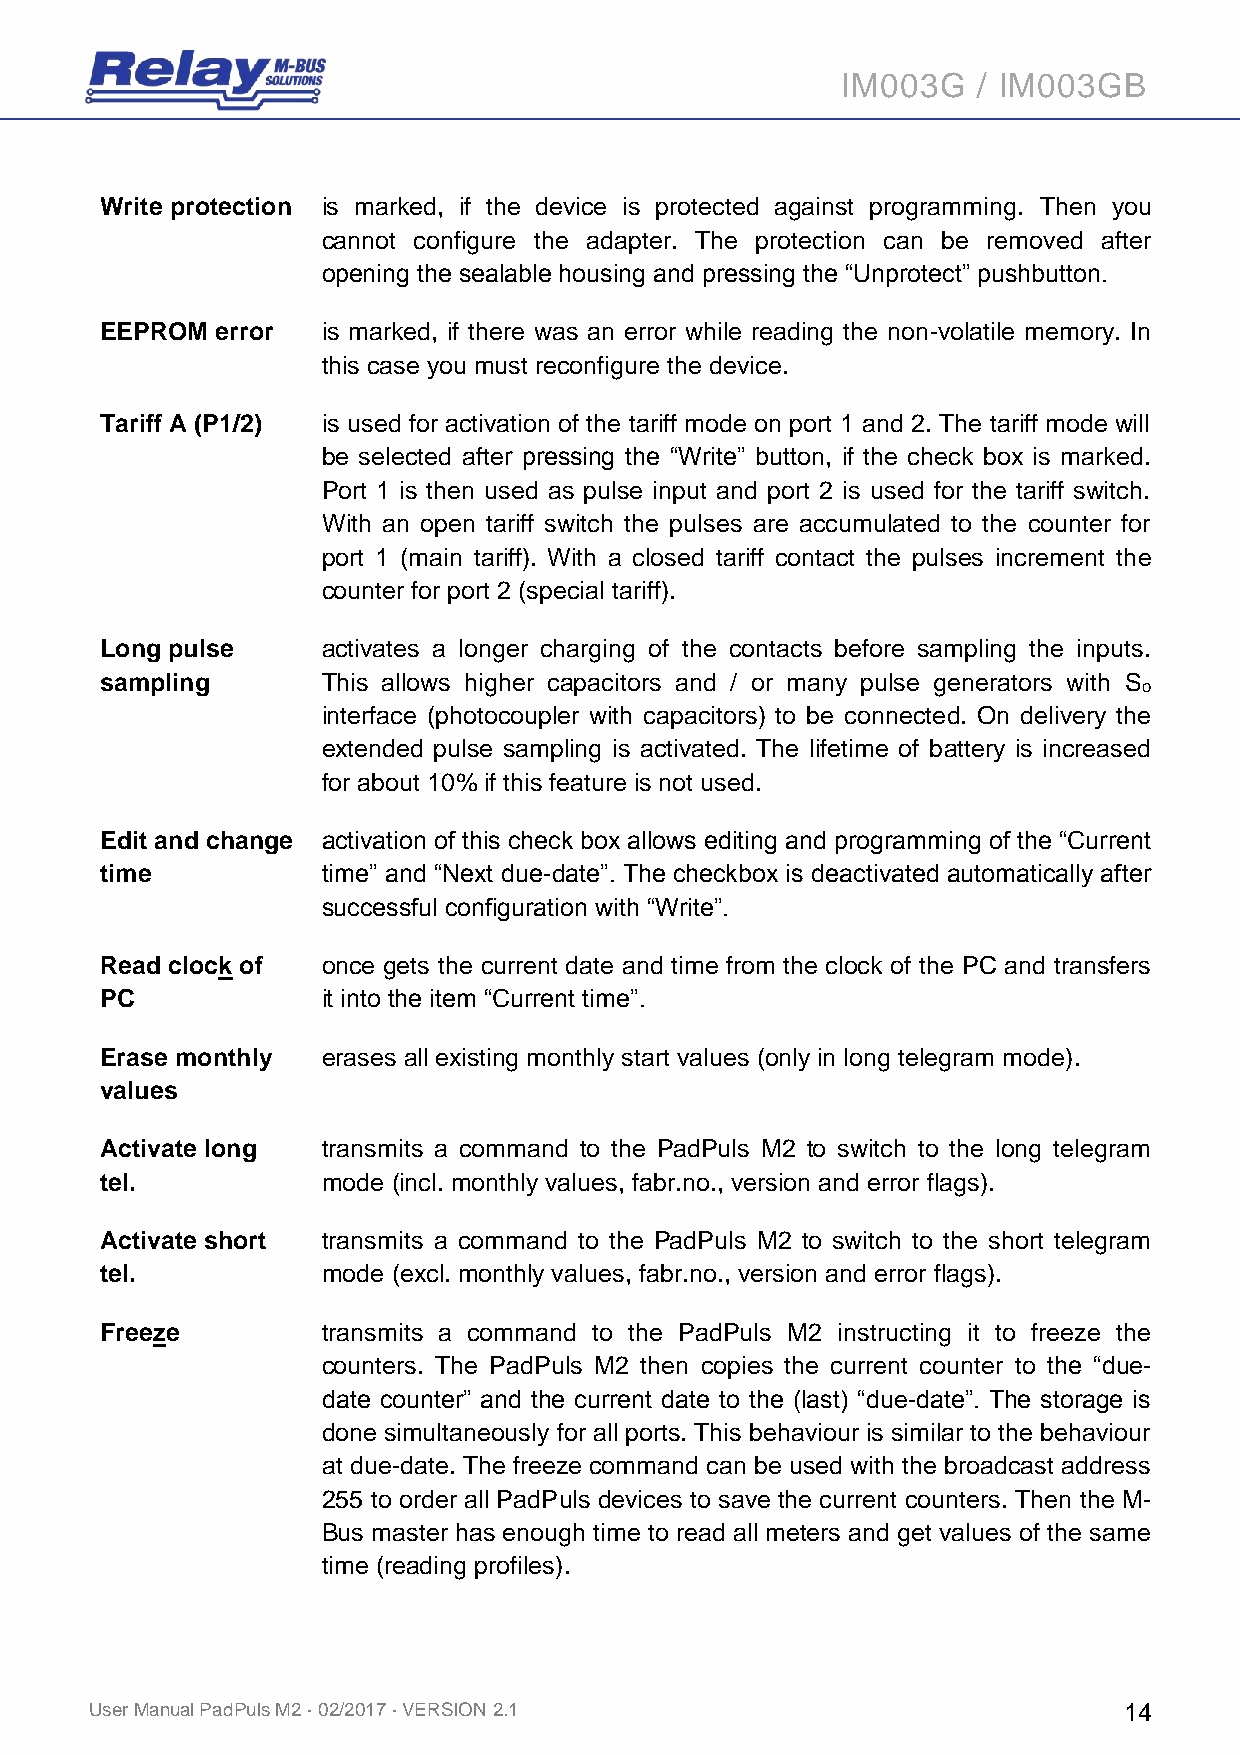
IM003G   / IM003GB
 Write protection is marked, if the device is protected against programming. Then you
 cannot configure the adapter. The protection can be removed after
 opening the sealable housing and pressing the “Unprotect” pushbutton.
 EEPROM error  is marked, if there was an error while reading the non-volatile memory. In
 this case you must reconfigure the device.
 Tariff A (P1/2) is used for activation of the tariff mode on port 1 and 2. The tariff mode will
 be selected after pressing the “Write” button, if the check box is marked.
 Port 1 is then used as pulse input and port 2 is used for the tariff switch.
 With an open tariff switch the pulses are accumulated to the counter for
 port 1 (main tariff). With a closed tariff contact the pulses increment the
 counter for port 2 (special tariff).
 Long pulse    activates a longer charging of the contacts before sampling the inputs.
 sampling      This allows higher capacitors and / or many pulse generators with S
 o
 interface (photocoupler with capacitors) to be connected. On delivery the
 extended pulse sampling is activated. The lifetime of battery is increased
 for about 10% if this feature is not used.
 Edit and change activation of this check box allows editing and programming of the “Current
 time          time” and “Next due-date”. The checkbox is deactivated automatically after
 successful configuration with “Write”.
 Read clock of once gets the current date and time from the clock of the PC and transfers
 PC            it into the item “Current time”.
 Erase monthly erases all existing monthly start values (only in long telegram mode).
 values
 Activate long transmits a command to the PadPuls M2 to switch to the long telegram
 tel.          mode (incl. monthly values, fabr.no., version and error flags).
 Activate short transmits a command to the PadPuls M2 to switch to the short telegram
 tel.          mode (excl. monthly values, fabr.no., version and error flags).
 Freeze        transmits a command to the PadPuls M2 instructing it to freeze the
 counters. The PadPuls M2 then copies the current counter to the “due-
 date counter” and the current date to the (last) “due-date”. The storage is
 done simultaneously for all ports. This behaviour is similar to the behaviour
 at due-date. The freeze command can be used with the broadcast address
 255 to order all PadPuls devices to save the current counters. Then the M-
 Bus master has enough time to read all meters and get values of the same
 time (reading profiles).
 User Manual PadPuls M2 · 02/2017 · VERSION 2.1                      14